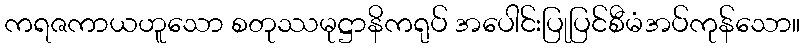
ကရဇကာယဟူသော စတုဿမုဋ္ဌာနိကရုပ် အပေါင်းပြုပြင်စီမံအပ်ကုန်သော။